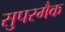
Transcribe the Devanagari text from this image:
सुपरमैक